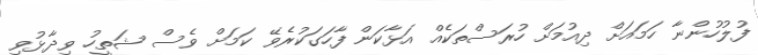
ފުލުހުންނާ ހަމައަށް ދިއުމަށް ހުރަސްތަކެއް އަޅާކަން ފާހަގަކުރެވޭ ކަމަށް ވެސް ޝަތީހު ވިދާޅުވި